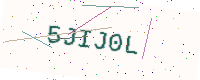
Text: 5JIJ0L